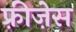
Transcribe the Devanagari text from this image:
फ़्रीज़ेस